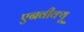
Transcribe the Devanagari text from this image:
एनवीक्यू